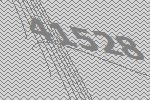
41528